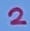
Text: 2